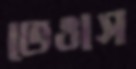
ভেঙাস